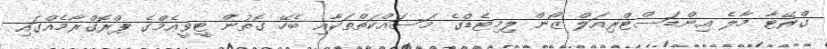
ގްރޭޓާ މާލެ އިންޑަސްޓްރިއަލް ޒޯން ލިމިޓެޑްގެ މަސައްކަތްތަކާއި ބެހޭ ގޮތުން ޓީވީއެމްގެ ޕްރޮގްރާމެއްގައި